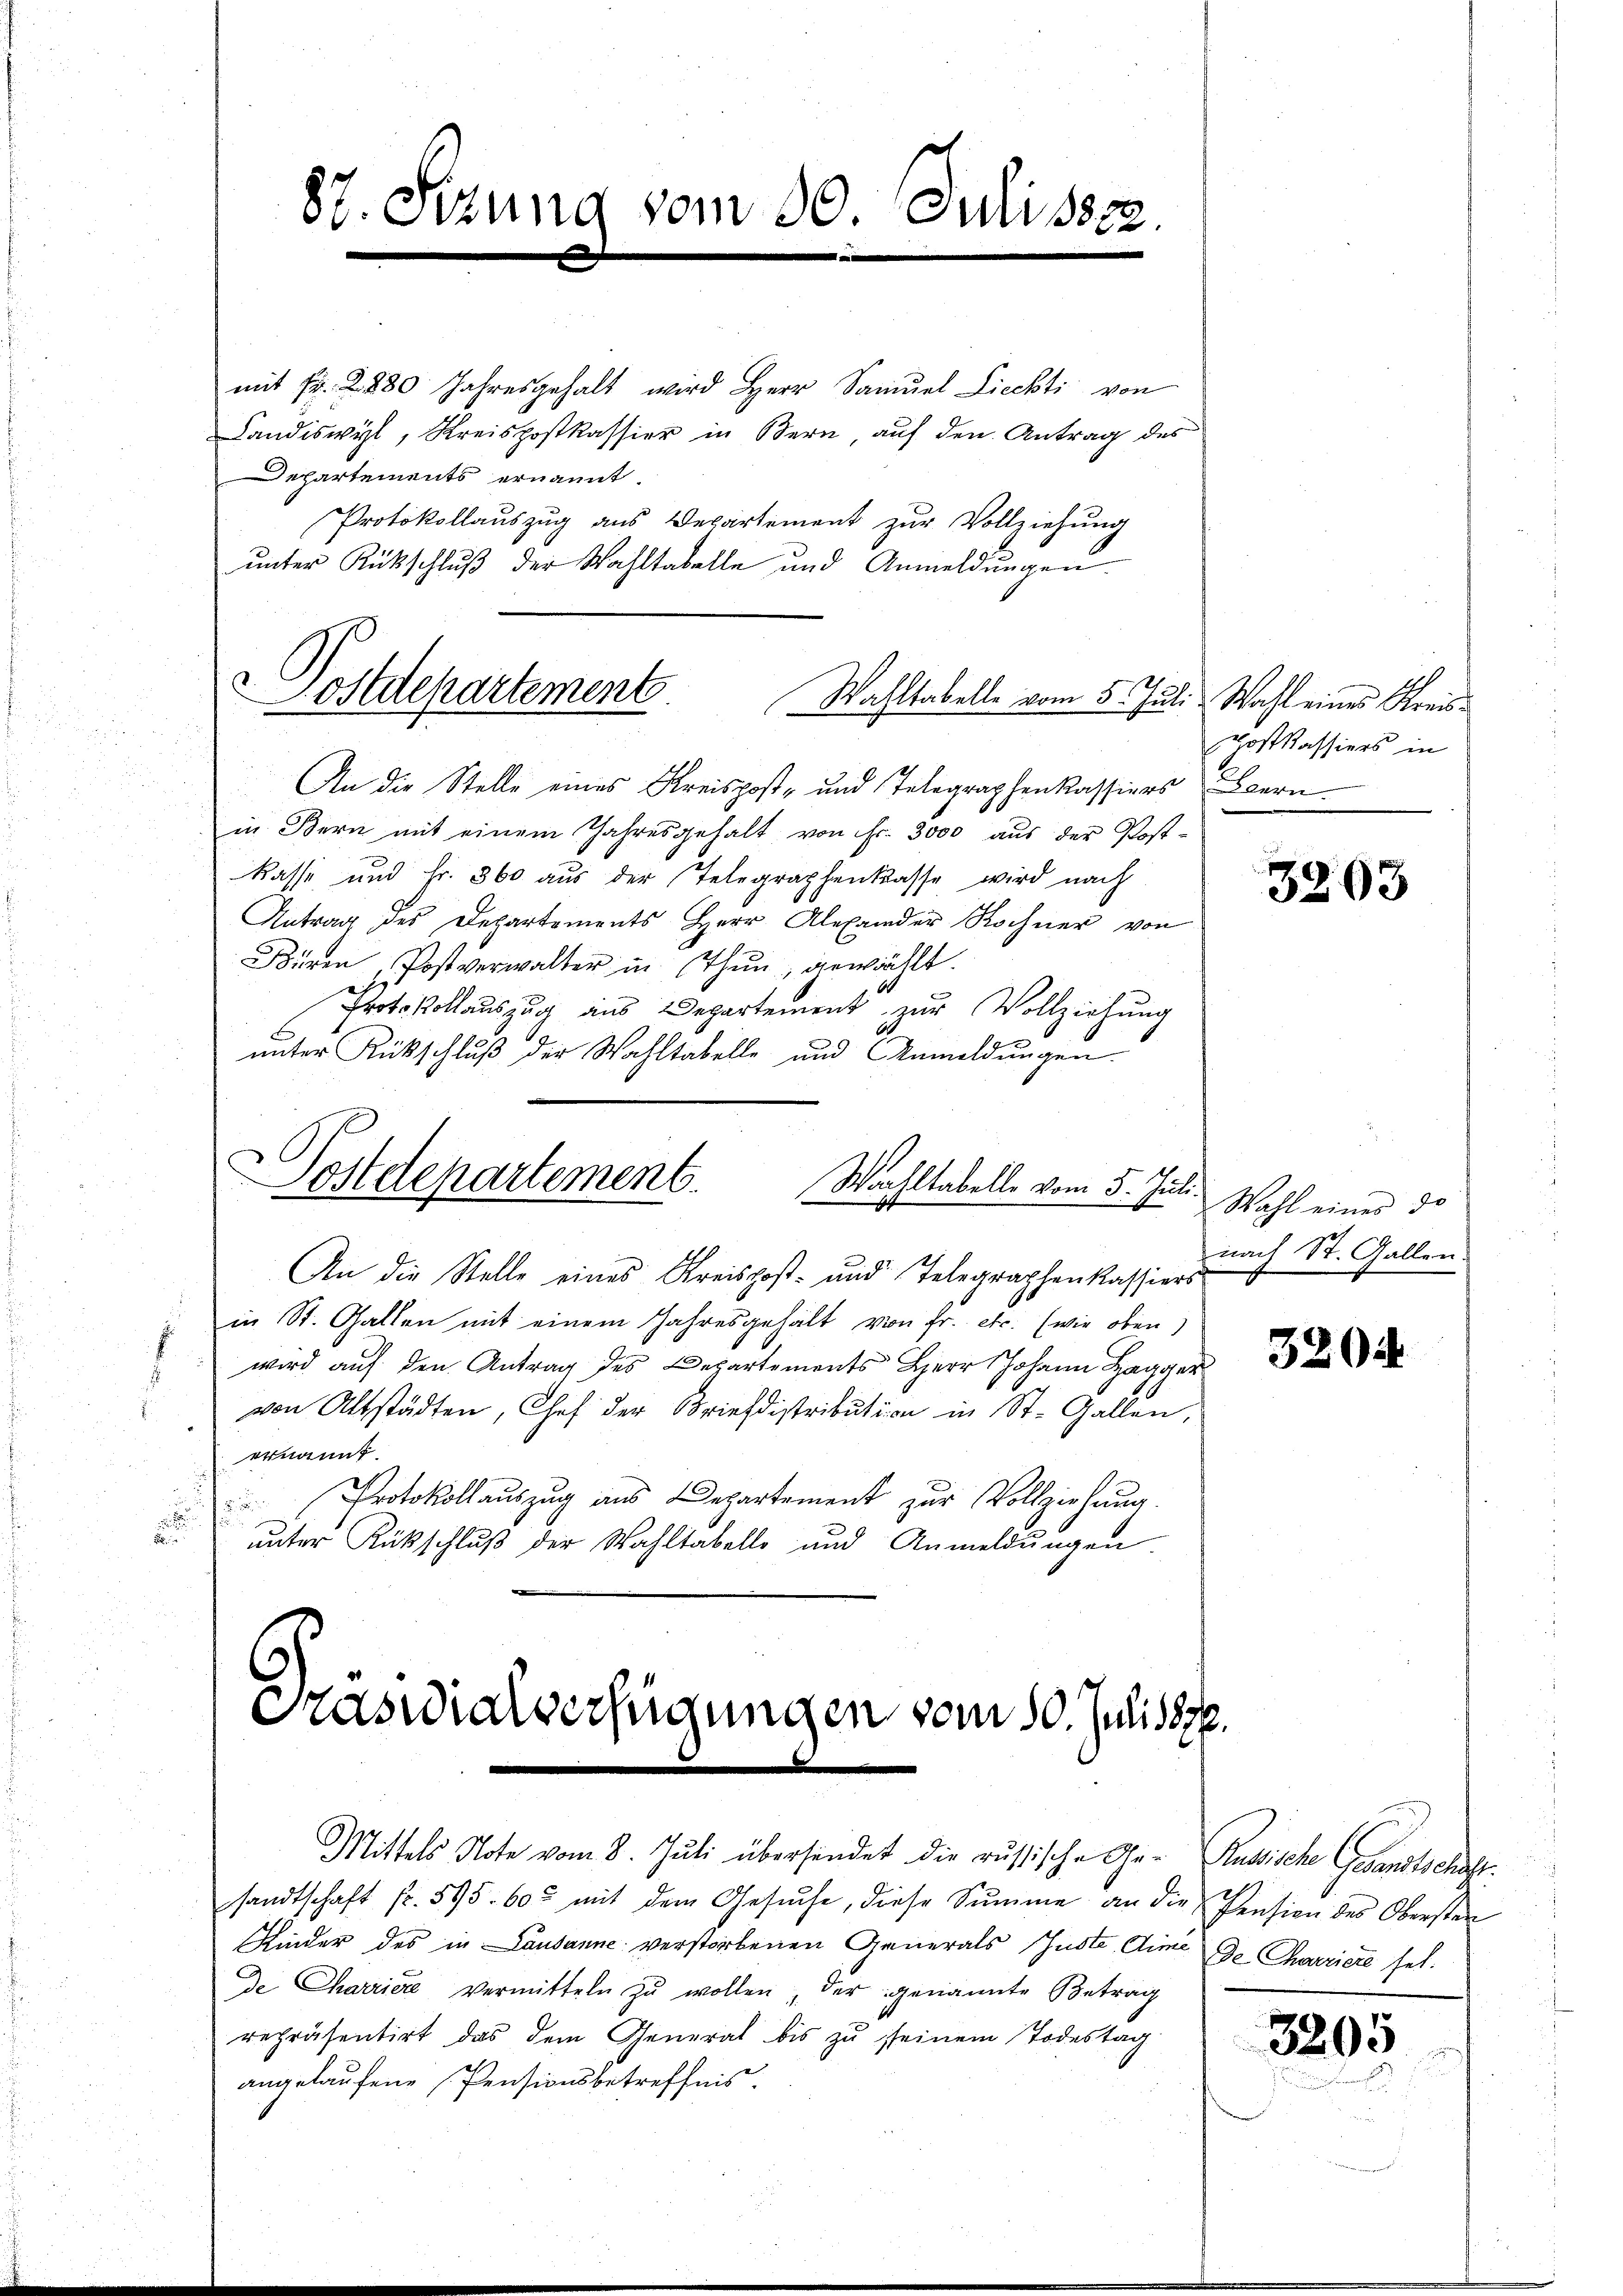
87. Sizung vom 30. Juli 1882.
e

mit Fr. 2880 Jahresgehalt wird Herr Samuel Liechti von
Landiswyl, Kreispostkassier in Bern auf den Antrag des
Departements ernannt.
Protokollauszug aus Departement zŭr Vollziehung
unter Rückschluß der Wahltabelle und Anmeldungen.

Postdepartement.
Wahltabelle vom 5. Juli Wahl eines Kreis¬

An die Stelle eines Kreispost- und Telegraphenkassiers Bern.
in Bern mit einem Jahresgehalt von Fr. 3000 aus der Post-
Kasse und Fr. 360 aus der Telegraphenkasse wird nach
Antrag des Departements Herr Alexander Rochner von
Büren, Postverwalter in Thun, gewählt.
Protokollauszug aus Departement zur Vollziehung
unter Rückschluß der Wahltabelle und Anmeldungen

Postdepartement.
Wachstabelle vom 5. Juli.

Kaswialverfügungen vom 10. Juli 189
Mittels Note vom 8. Jŭli übersendet die russische Ge- Russische Gesandtschaft.

sandtschaft fr. 595. 60 mit dem Gesŭche, diese Summe an die Pension des Obersten
Kinder des in Lausanne verstorbenen Generals Zuste Stime de Charriere sel.
de Charriere Vermitteln zŭ wollen, der genannte Betrag
repräsentirt das dem General bis zu seinem Todestag
angelaufene Pensionsbetreffnis.

An die Stelle eines Kreispost- und Telegraphenkassiers
in St. Gallen mit einem Jahresgehält von fr. etc. (wie oben)
wird aŭf den Antrag des Departements Herr Johann Hagger
von Altstädten, Chef der Briefdistribution in St. Gallen,
ernannt.
Protokollauszug aus Departement zur Vollziehung.
.
unter Rückschluß der Wahltabelle und Anmeldungen

Gostkassiers in

Wahl eines do
nach St. Gallen

.

3203

3204

3205